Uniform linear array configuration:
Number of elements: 16
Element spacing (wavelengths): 0.75
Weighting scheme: hamming
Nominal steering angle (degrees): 60
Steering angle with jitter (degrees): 58.309
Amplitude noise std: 0.05
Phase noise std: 0.05

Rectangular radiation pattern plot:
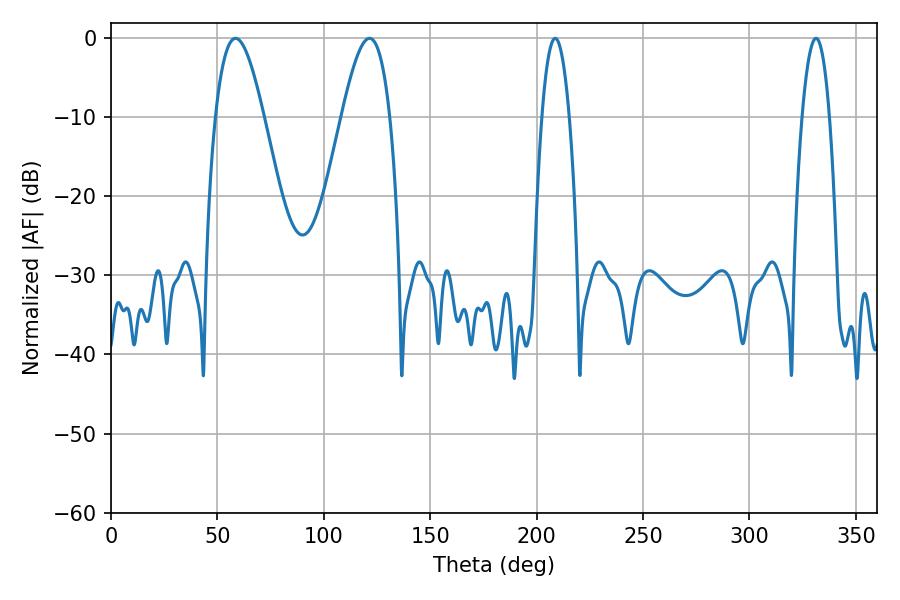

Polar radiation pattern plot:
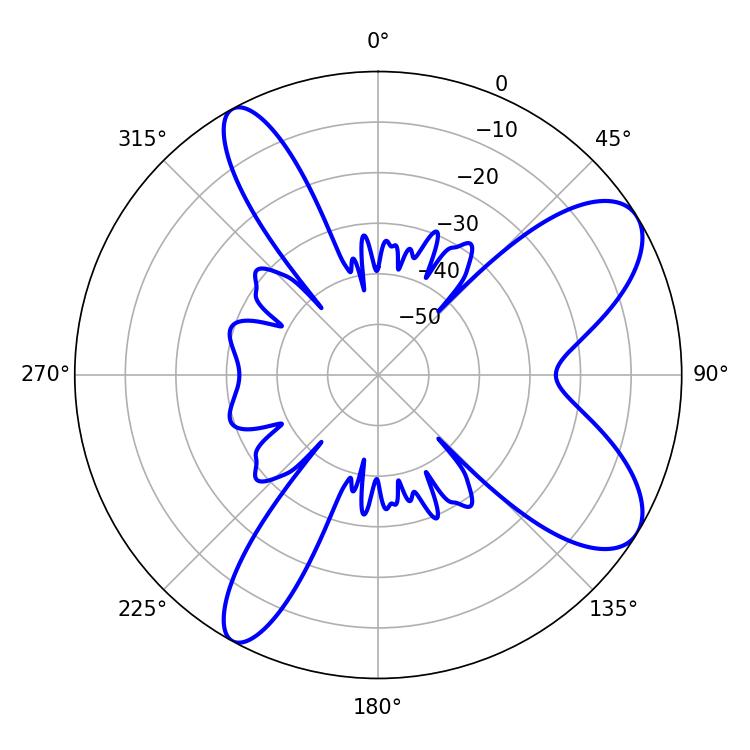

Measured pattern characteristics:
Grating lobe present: TRUE
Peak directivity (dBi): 8.631
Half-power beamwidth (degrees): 12.24
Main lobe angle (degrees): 58.5